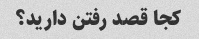
کجا قصد رفتن دارید؟